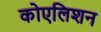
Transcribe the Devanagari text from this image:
कोएलिशन